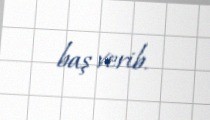
baş verib.